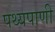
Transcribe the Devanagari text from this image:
पथ्यपाणी